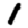
Digit: 1